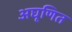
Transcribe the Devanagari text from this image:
अघृणित